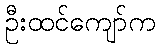
ဦးထင်ကျော်က